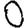
Digit: 0